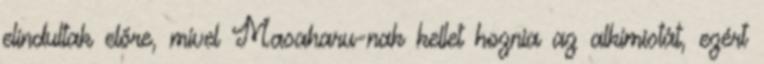
elindultak előre, mivel Masaharu-nak kellet hoznia az alkimistát, ezért